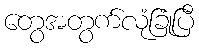
တွေအတွက်လုံခြုံပြီ